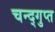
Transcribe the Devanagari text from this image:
चन्द्गुप्त